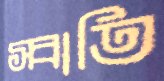
স্বাতি